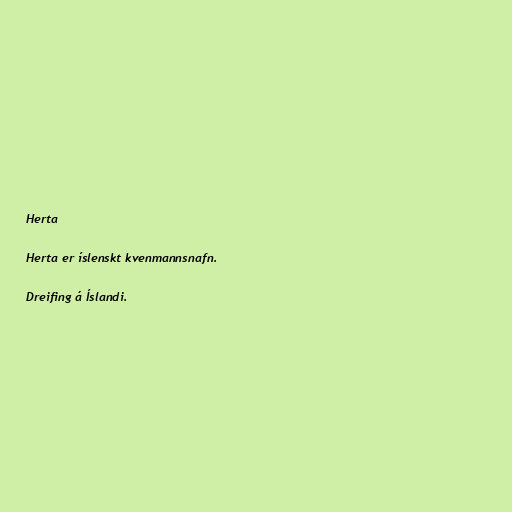
Herta

Herta er íslenskt kvenmannsnafn.

Dreifing á Íslandi.